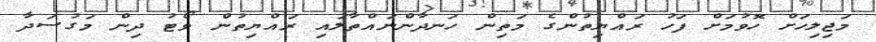
މަޖިލިހަށް ހޮވުމަށް ފަހު ރައްޔިތުންގެ މަތިން ހަނދާންނައްތާލައި ރައްޔިތުން ވޯޓު ދިން މަގުސަދާ